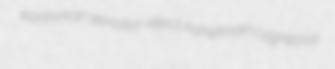
earthman senator-elect Ashelman cygneous